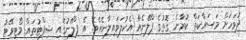
ދުވަހަށް މަސައްކަތް ކުރާނެ ގޮތުގެ ޕްލޭނެއް އެކުލަވައިލާނެއެވެ. އެ ޕްލޭނުގައި ޝިފްޓުތައް މޯޓިވޭޓު